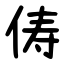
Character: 俦